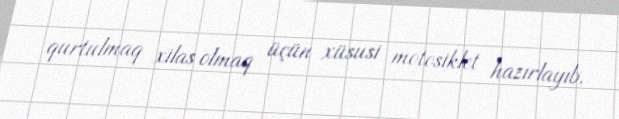
qurtulmaq xilas olmaq üçün xüsusi motosiklet hazırlayıb.